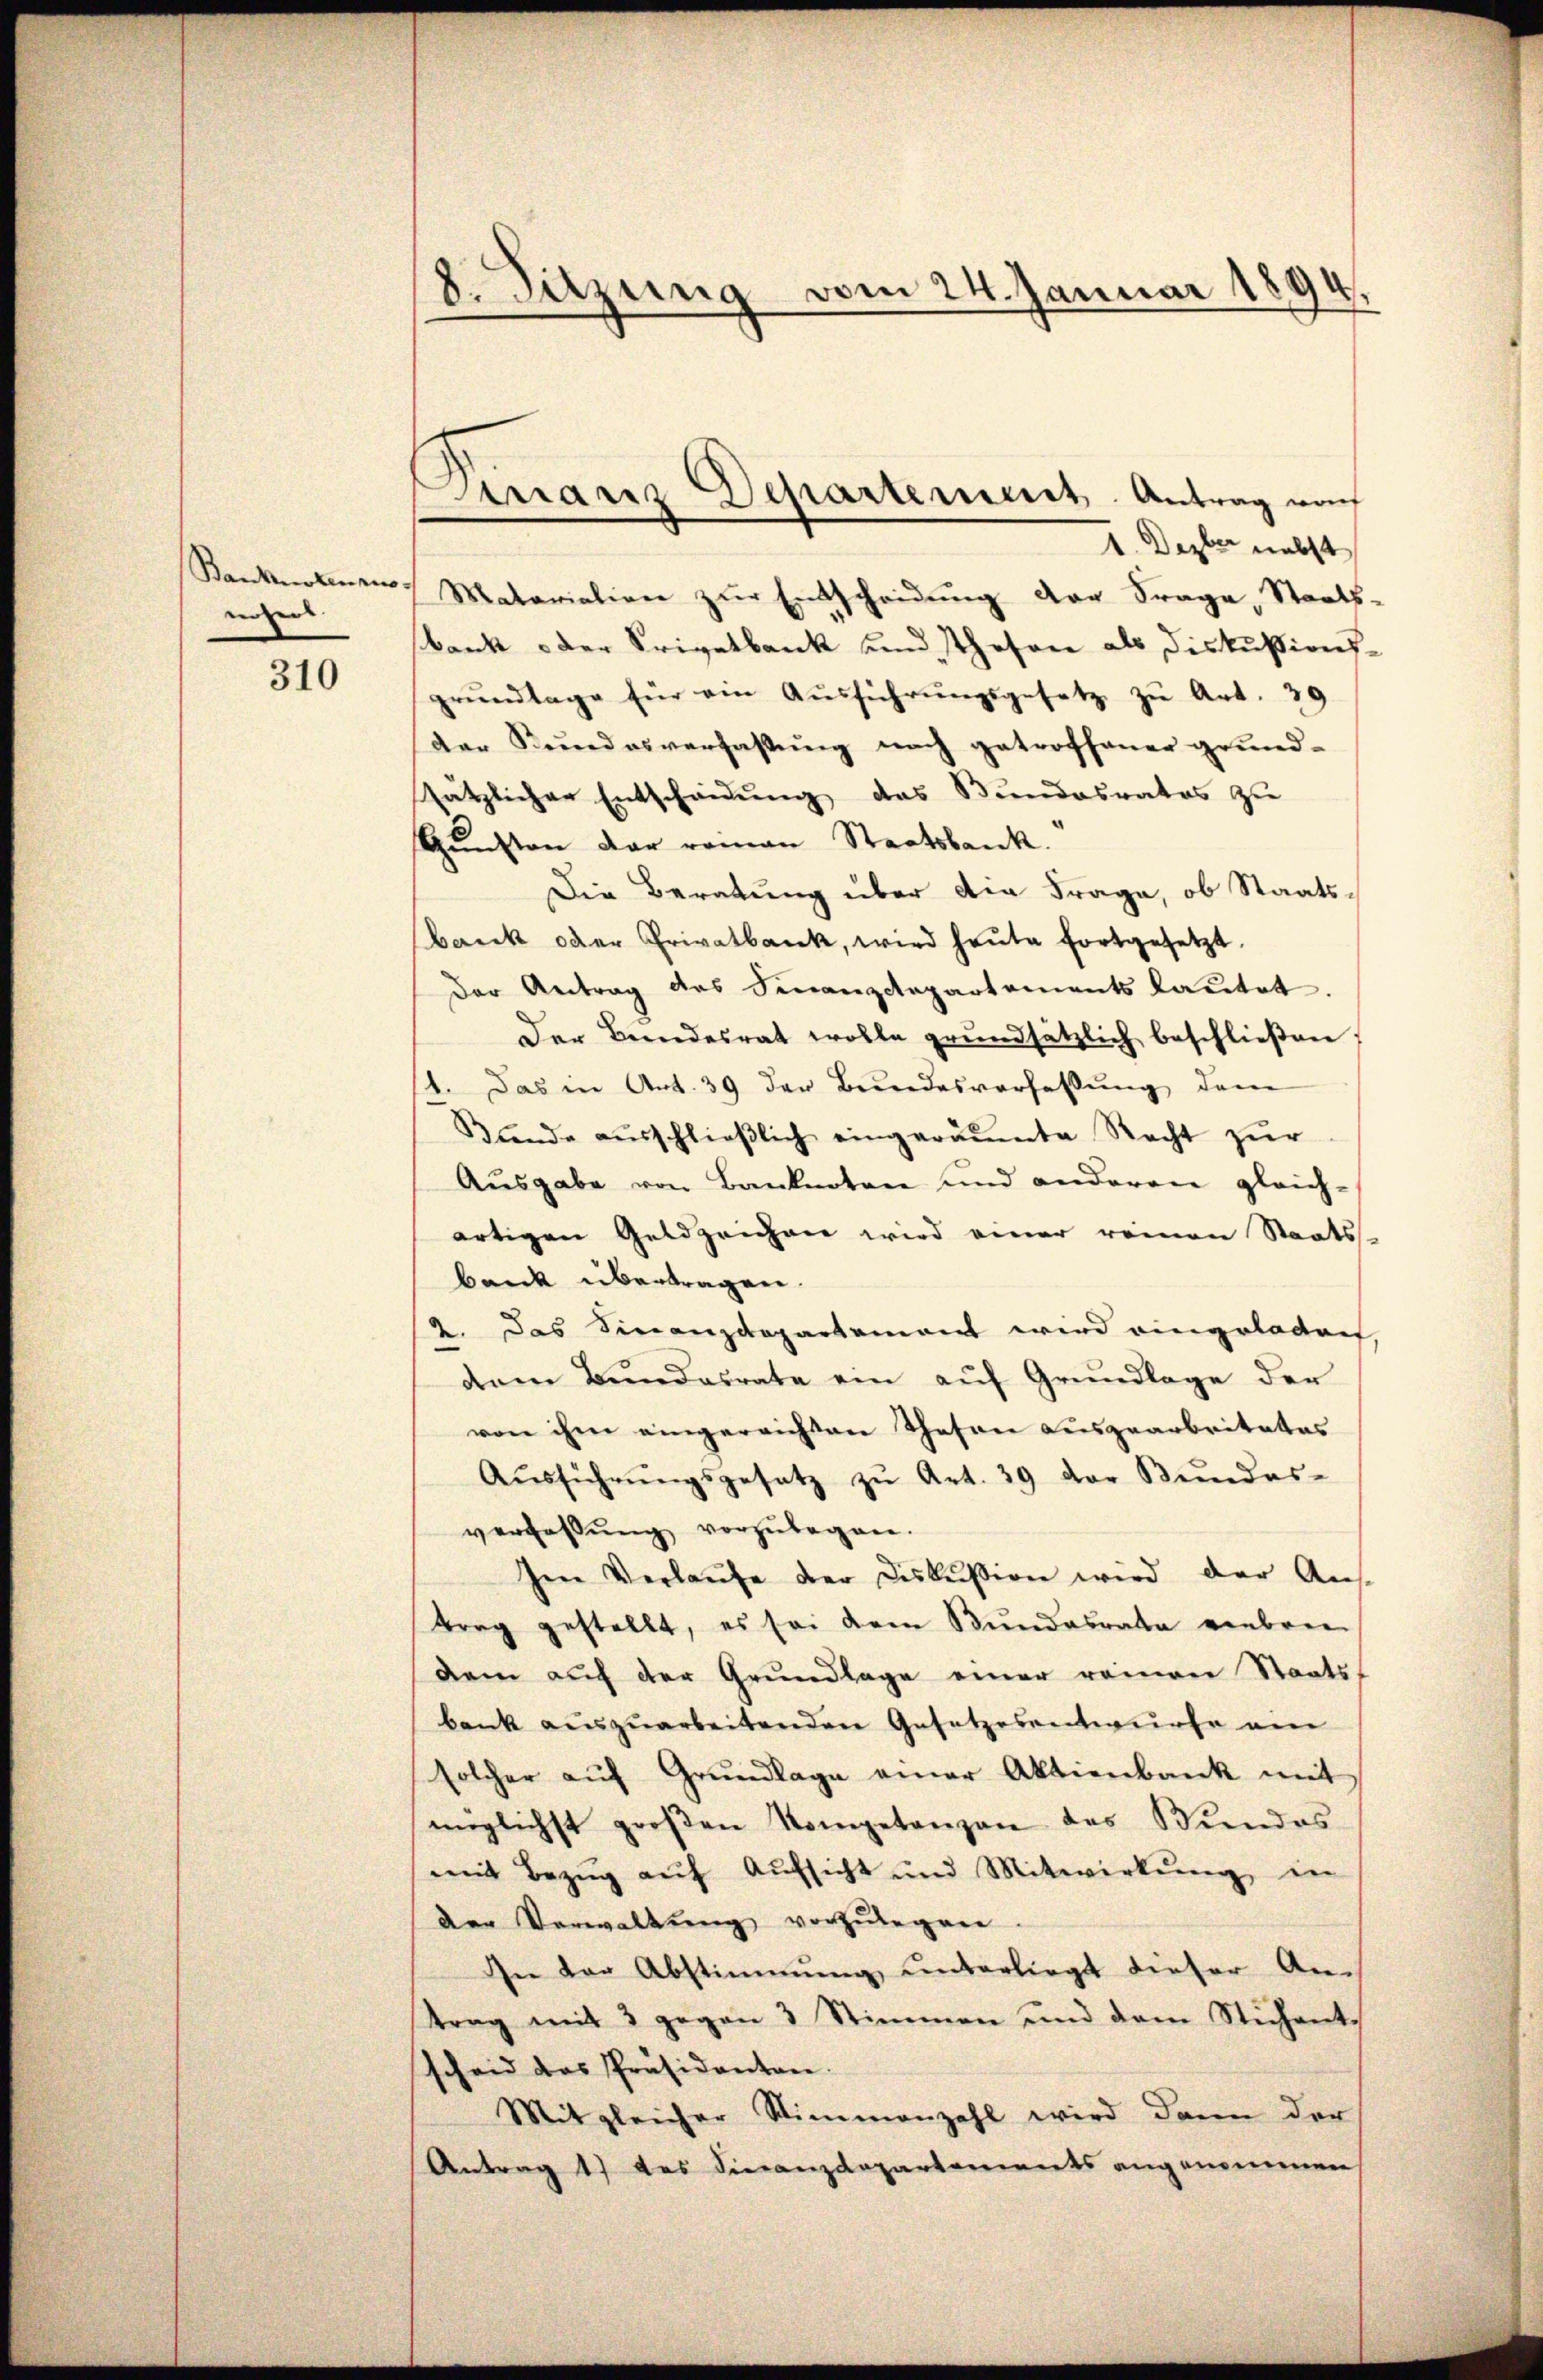
Banknoten zus
nehel.

310

8. Sitzung vom 24. Januar 1894

Finanz Departement. Antrag vo
1. Dezber nebst

Matariation zur Entscheidung der Frage, Staats-
sbank oder Privatbank und Thesen als Diskussionsgrŭndlage für ein Aŭsführŭngsgesetz zŭ Art. 39
der Bundesverfassŭng nach getroffener grund-
sätzlicher Entscheidŭng das Bundesrates zu
Gŭnsten der roman Staatsbank.
Die Beratung über die Frage, ob Staats¬
Bank oder Privatbank, wird heute fortgesetzt.
der Antrag des Finanzdepartements laŭtet.
Der Bundesrat wolle grundsätzlich beschließen
. Das in Art. 39 der Bundesverfassŭng dem
Bŭnde aŭsschlieβlich eingeräumte Recht zur
Aŭsgabe von Banknoten und anderen gleich-
artigen Geldzeichen wird einer reinen Staats-
baeck übertragen.
2. Das Finanzdepartement wird eingeladen
dem Bŭndesrate ein aŭf Grŭndlage der
von ihm eingereichten Thesen ausgearbeitetes
Aŭsführŭngsgesetz zŭ Art. 39 der Bŭndes-
verfassŭng vorzŭlegen.
Ien Verlaŭfe der Diskußion wird der Ans
trag gestellt, es sei dem Bundesrata einbren
dem auf der Grundlage einer reiner Staats-
bank auszuarbeitenden Gesetzesentwurfe am
solcher aŭf Grŭndlage einer Aktienbank mit
mglichst groβen Kompetanzen des Bundes
mit Bezŭg aŭf Aŭfsicht und Mitwirkŭng in
Der Verwaltŭng vorzŭlegen.
In der Abstimmŭng ŭnterliegt dieser An-
trag mit 3 gegen 3 Stimmen und dem Stichentscheid das Präsidenten.
Mitgleicher Stimmenzahl wird dann der
Antrag 17 des Finanzdepartements angenommen